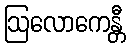
ဩလောကေန္တီ